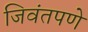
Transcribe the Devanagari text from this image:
जिवंतपणे